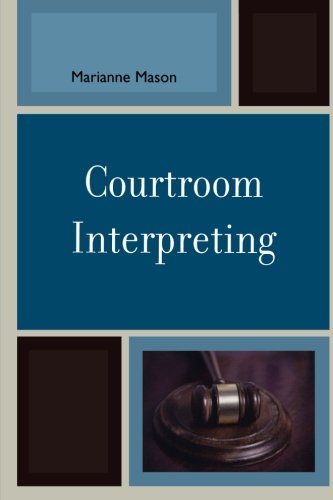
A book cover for Courtroom Interpreting; Marianne Mason; Law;